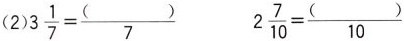
$$3 \frac { 1 } { 7 } = \frac { ( ) } { 7 }$$ $$2 \frac { 7 } { 1 0 } = \frac { ( ) } { 1 0 }$$